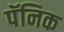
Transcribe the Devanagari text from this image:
पॅनिक